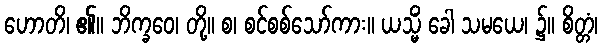
ဟောတိ၊ ၏။ ဘိက္ခဝေ၊ တို့။ စ၊ စင်စစ်သော်ကား။ ယသ္မိံ ခေါ သမယေ၊ ၌။ စိတ္တံ၊